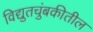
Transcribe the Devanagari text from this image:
विद्युतचुंबकीतील